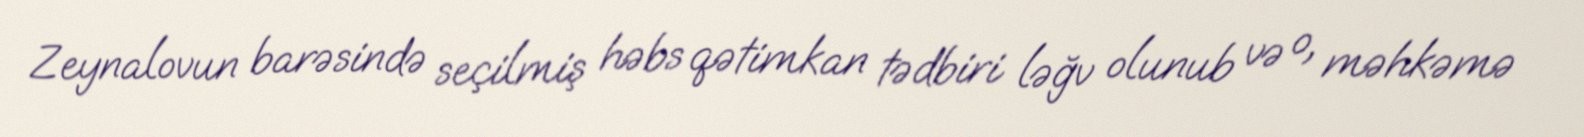
Zeynalovun barəsində seçilmiş həbs qətimkan tədbiri ləğv olunub və o, məhkəmə